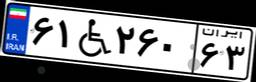
۶۱W۲۶۰۶۳